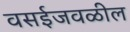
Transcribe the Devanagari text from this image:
वसईजवळील